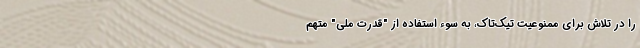
را در تلاش برای ممنوعیت تیک‌تاک، به سوء استفاده از "قدرت ملی" متهم